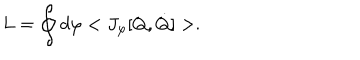
LaTeX: L = \oint d \varphi < J _ { \varphi } [ Q , \dot { Q } ] > .